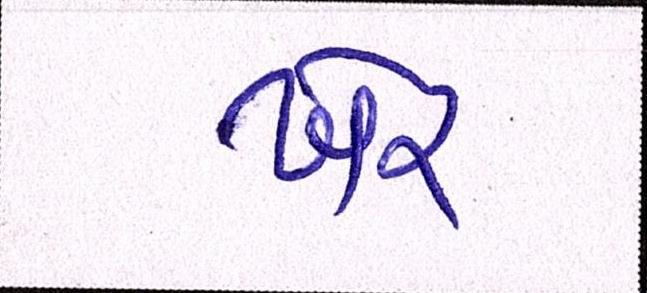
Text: ખેર